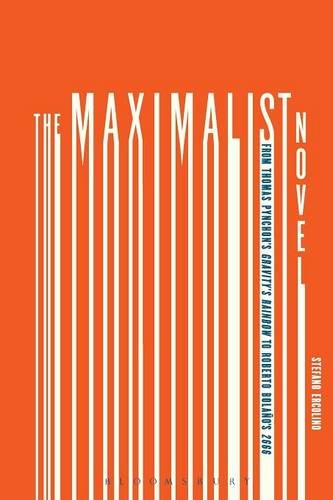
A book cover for The Maximalist Novel: From Thomas Pynchon's Gravity's Rainbow to Roberto Bolano's 2666; Stefano Ercolino; Literature & Fiction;